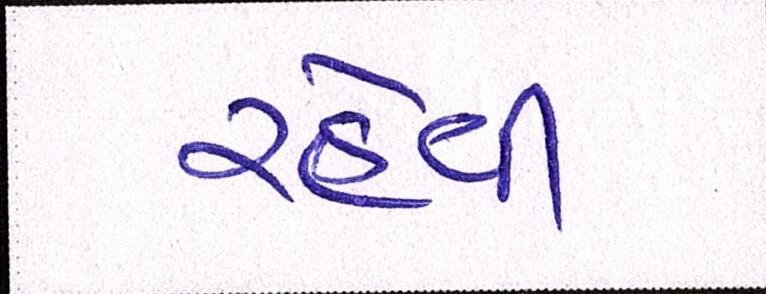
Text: રહેવી